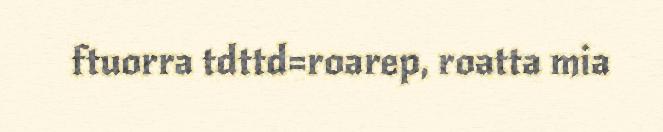
ftuorra tdttd=roarep, roatta mia